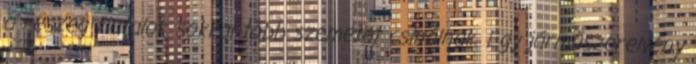
a részeg fiatalok sokkal több szemetet csinálnak. Egy járműszerelvény